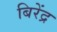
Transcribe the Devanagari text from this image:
बिरेंद्र